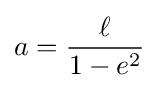
a={\frac {\ell }{1-e^{2}}}